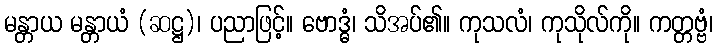
မန္တာယ မန္တာယံ (ဆဋ္ဌ)၊ ပညာဖြင့်။ ဗောဒ္ဓံ၊ သိအပ်၏။ ကုသလံ၊ ကုသိုလ်ကို။ ကတ္တဗ္ဗံ၊